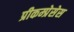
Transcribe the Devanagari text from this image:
प्रीकम्प्रेसेस